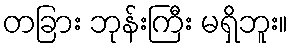
တခြား ဘုန်းကြီး မရှိဘူး။